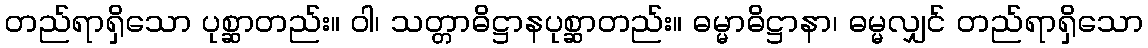
တည်ရာရှိသော ပုစ္ဆာတည်း။ ဝါ၊ သတ္တာဓိဋ္ဌာနပုစ္ဆာတည်း။ ဓမ္မာဓိဋ္ဌာနာ၊ ဓမ္မလျှင် တည်ရာရှိသော